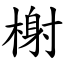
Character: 榭